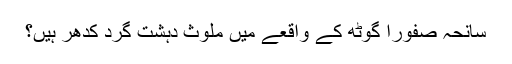
سانحہ صفورا گوٹھ کے واقعے میں ملوث دہشت گرد کدھر ہیں؟